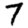
Digit: 7